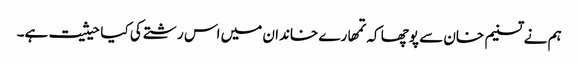
ہم نے تسنیم خان سے پوچھا کہ تمھارے خاندان میں اس رشتے کی کیا حیثیت ہے۔